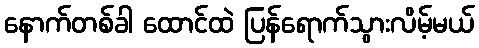
နောက်တစ်ခါ ထောင်ထဲ ပြန်ရောက်သွားလိမ့်မယ်